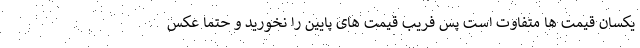
یکسان قیمت ها متفاوت است پس فریب قیمت های پایین را نخورید و حتما عکس